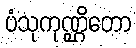
ပံသုကုဏ္ဌိတော